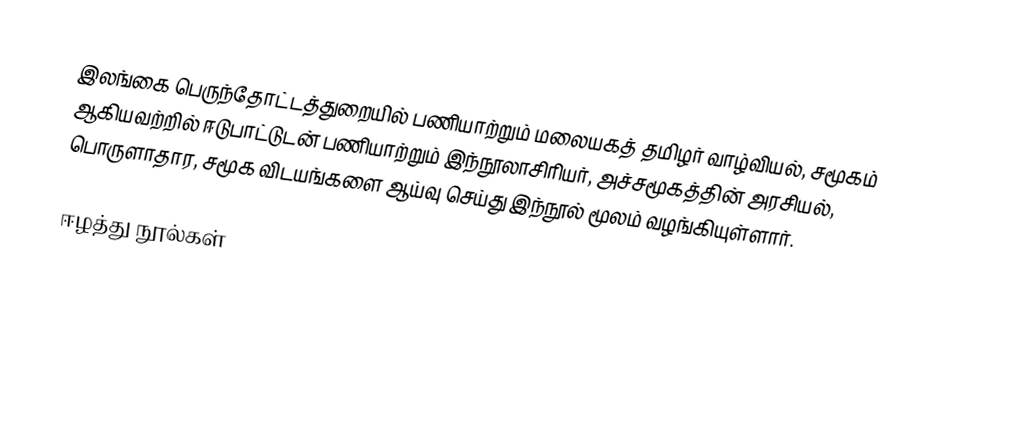
இலங்கை பெருந்தோட்டத்துறையில் பணியாற்றும் மலையகத் தமிழர் வாழ்வியல், சமூகம் ஆகியவற்றில் ஈடுபாட்டுடன் பணியாற்றும் இந்நூலாசிரியர், அச்சமூகத்தின் அரசியல், பொருளாதார, சமூக விடயங்களை ஆய்வு செய்து இந்நூல் மூலம் வழங்கியுள்ளார்.

ஈழத்து நூல்கள்